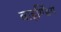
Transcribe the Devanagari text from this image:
बाइण्डिंग